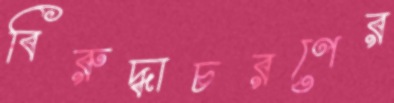
বিরুদ্ধাচরণের